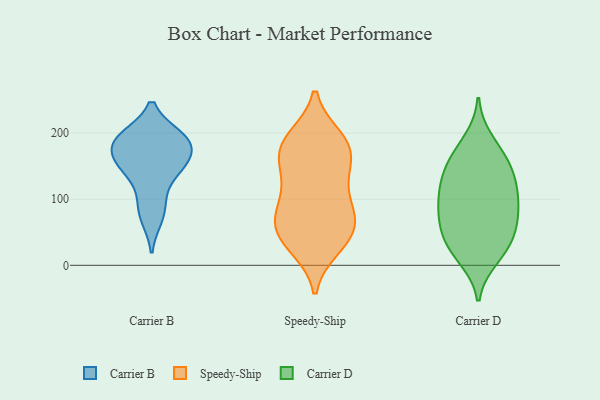
{"axis": {"x": "Waste Production (Tons)", "y": "Value"}, "legend": ["Carrier B", "Carrier D", "Speedy-Ship"], "data": [{"x": "", "y": 192, "type": "Carrier B"}, {"x": "", "y": 194, "type": "Carrier B"}, {"x": "", "y": 164, "type": "Carrier B"}, {"x": "", "y": 72, "type": "Carrier B"}, {"x": "", "y": 155, "type": "Carrier B"}, {"x": "", "y": 190, "type": "Carrier B"}, {"x": "", "y": 188, "type": "Carrier B"}, {"x": "", "y": 137, "type": "Carrier B"}, {"x": "", "y": 95, "type": "Carrier B"}, {"x": "", "y": 153, "type": "Carrier B"}, {"x": "", "y": 180, "type": "Speedy-Ship"}, {"x": "", "y": 102, "type": "Speedy-Ship"}, {"x": "", "y": 75, "type": "Speedy-Ship"}, {"x": "", "y": 53, "type": "Speedy-Ship"}, {"x": "", "y": 128, "type": "Speedy-Ship"}, {"x": "", "y": 149, "type": "Speedy-Ship"}, {"x": "", "y": 193, "type": "Speedy-Ship"}, {"x": "", "y": 75, "type": "Speedy-Ship"}, {"x": "", "y": 69, "type": "Speedy-Ship"}, {"x": "", "y": 39, "type": "Speedy-Ship"}, {"x": "", "y": 172, "type": "Speedy-Ship"}, {"x": "", "y": 52, "type": "Speedy-Ship"}, {"x": "", "y": 85, "type": "Speedy-Ship"}, {"x": "", "y": 163, "type": "Speedy-Ship"}, {"x": "", "y": 133, "type": "Speedy-Ship"}, {"x": "", "y": 193, "type": "Speedy-Ship"}, {"x": "", "y": 29, "type": "Speedy-Ship"}, {"x": "", "y": 185, "type": "Speedy-Ship"}, {"x": "", "y": 27, "type": "Speedy-Ship"}, {"x": "", "y": 163, "type": "Carrier D"}, {"x": "", "y": 90, "type": "Carrier D"}, {"x": "", "y": 19, "type": "Carrier D"}, {"x": "", "y": 85, "type": "Carrier D"}, {"x": "", "y": 45, "type": "Carrier D"}, {"x": "", "y": 133, "type": "Carrier D"}, {"x": "", "y": 189, "type": "Carrier D"}, {"x": "", "y": 49, "type": "Carrier D"}, {"x": "", "y": 92, "type": "Carrier D"}, {"x": "", "y": 119, "type": "Carrier D"}, {"x": "", "y": 106, "type": "Carrier D"}, {"x": "", "y": 147, "type": "Carrier D"}, {"x": "", "y": 55, "type": "Carrier D"}, {"x": "", "y": 132, "type": "Carrier D"}, {"x": "", "y": 25, "type": "Carrier D"}, {"x": "", "y": 11, "type": "Carrier D"}, {"x": "", "y": 70, "type": "Carrier D"}, {"x": "", "y": 166, "type": "Carrier D"}]}